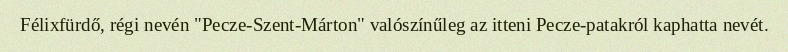
Félixfürdő, régi nevén "Pecze-Szent-Márton" valószínűleg az itteni Pecze-patakról kaphatta nevét.